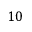
1 0